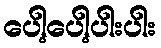
ပေါ့ပေါ့ပါးပါး